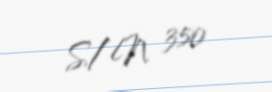
S/N 350